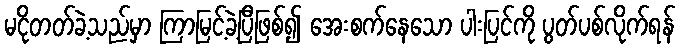
မငိုတတ်ခဲ့သည်မှာ ကြာမြင့်ခဲ့ပြီဖြစ်၍ အေးစက်နေသော ပါးပြင်ကို ပွတ်ပစ်လိုက်ရန်